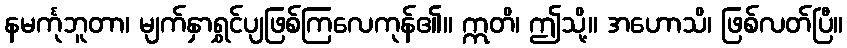
နမင်္ကုဘူတာ၊ မျက်နှာရွှင်ပျဖြစ်ကြလေကုန်၏။ ဣတိ၊ ဤသို့။ အဟောသိ၊ ဖြစ်လတ်ပြီ။